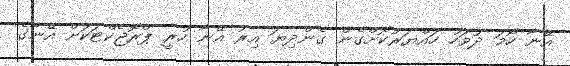
އޭނާ ހޯމަ ދުވަހު ހައްޔަރުކޮށްގެން ގެންދިޔަ އިރު އޭނާ ހުރީ ޕްރޮޖެކްޓަކަށް އޭނާގެ